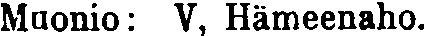
Muonio: V, Hämeenaho.